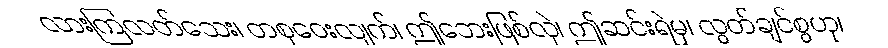
လားကြလတ်သေး၊ တစုဝေးလျက်၊ ဤဘေးဖြစ်လှဲ၊ ဤဆင်းရဲမှ၊ လွတ်ချင်စွဟု၊